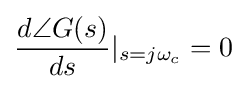
{\frac {d\angle G(s)}{ds}}{|}_{s=j\omega _{c}}=0